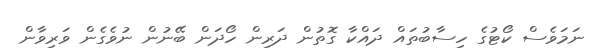
ނަމަވެސް ކޯޓުގެ ހިސާބުތައް ދައްކާ ގޮތުން ދަރިން ހޯދަން ބޭނުން ނުވެގެން ވަރިވާން